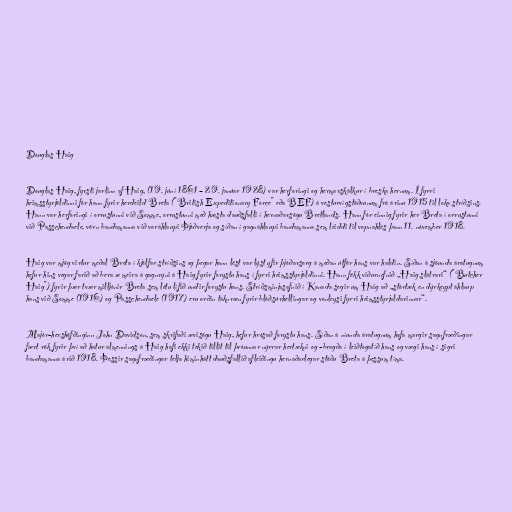
Douglas Haig

Douglas Haig, fyrsti jarlinn af Haig, (19. júní 1861 – 29. janúar 1928) var herforingi og hermarskálkur í breska hernum. Í fyrri
heimsstyrjöldinni fór hann fyrir herdeild Breta ("British Expeditionary Force" eða BEF) á vesturvígstöðvunum frá árinu 1915 til loka stríðsins.
Hann var herforingi í orrustunni við Somme, orrustunni með hæsta dauðsfalli í hernaðarsögu Bretlands. Hann fór einnig fyrir her Breta í orrustunni
við Passchendaele, vörn bandamanna við voráhlaupi Þjóðverja og síðan í gagnáhlaupi bandamanna sem leiddi til vopnahlés þann 11. nóvember 1918.

Haig var mjög virtur meðal Breta í kjölfar stríðsins og þegar hann lést var lýst yfir þjóðarsorg á meðan útför hans var haldin. Síðan á sjöunda áratugnum
hefur hins vegar farið að bera æ meira á gagnrýni á Haig fyrir forystu hans í fyrri heimsstyrjöldinni. Hann fékk viðurnefnið „Haig slátrari“ ("Butcher
Haig") fyrir þær tvær milljónir Breta sem létu lífið undir forystu hans. Stríðsminjasafnið í Kanada segir um Haig að „stórtæk en dýrkeypt áhlaup
hans við Somme (1916) og Passchendaele (1917) eru orðin táknræn fyrir blóðsúrhellingar og vonleysi fyrri heimsstyrjaldarinnar“.

Majór-hershöfðinginn John Davidson, sem skrifaði ævisögu Haig, hefur hrósað forystu hans. Síðan á níunda áratugnum hafa margir sagnfræðingar
fært rök fyrir því að hatur almennings á Haig hafi ekki tekið tillit til þróunnar nýrrar hertækni og -bragða í leiðtogatíð hans og vægi hans í sigri
bandamanna árið 1918. Þessir sagnfræðingar telja himinhátt dauðsfallið afleiðingu hernaðarlegar stöðu Breta á þessum tíma.